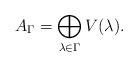
LaTeX: \begin{align*} A_\Gamma = \bigoplus\limits_{\lambda \in \Gamma} V(\lambda).\end{align*}